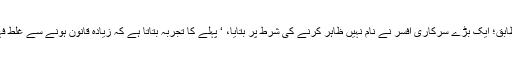
این بی ٹی کے مطابق؛ ایک بڑے سرکاری افسر نے نام نہیں ظاہر کرنے کی شرط پر بتایا، ‘ پہلے کا تجربہ بتاتا ہے کہ زیادہ قانون ہونے سے غلط فہمی پیدا ہوتی ہے۔